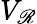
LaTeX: V_{\mathscr{R}}